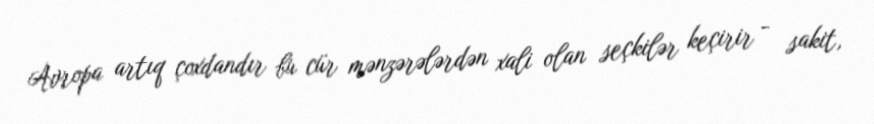
Avropa artıq çoxdandır bu cür mənzərələrdən xali olan seçkilər keçirir - sakit,